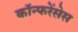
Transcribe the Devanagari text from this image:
कॉन्फरेंसेस